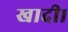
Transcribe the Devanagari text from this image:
खादी।